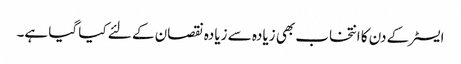
ایسٹر کے دن کا انتخاب بھی زیادہ سے زیادہ نقصان کے لئے کیا گیا ہے۔